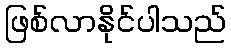
ဖြစ်လာနိုင်ပါသည်